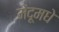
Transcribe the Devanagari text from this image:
मेंदूमधे